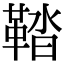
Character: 鞜